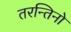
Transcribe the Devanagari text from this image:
तरन्तिनो